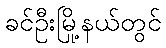
ခင်ဦးမြို့နယ်တွင်